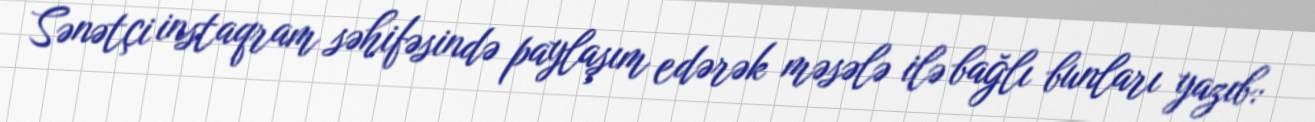
Sənətçi instaqram səhifəsində paylaşım edərək məsələ ilə bağlı bunları yazıb: